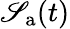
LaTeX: \mathscr{S}_{\mathrm{{a}}}(t)